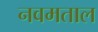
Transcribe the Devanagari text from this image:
नवमताल